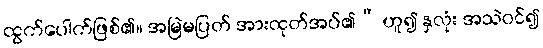
ထွက်ပေါက်ဖြစ်၏။ အမြဲမပြတ် အားထုတ်အပ်၏” ဟူ၍ နှလုံး အသဲဝင်၍